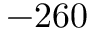
- 2 6 0